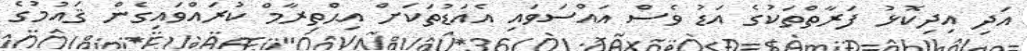
އަދި އިދިކޮޅު ފަރާތްތަކުގެ އަޑު ވެސް އައްސަވައި އެއަޑުތަކަށް އިޙްތިރާމް ކުރައްވައިގެން ޤައުމުގެ